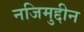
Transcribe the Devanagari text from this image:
नजिमुद्दीन